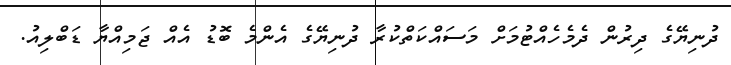
ދުނިޔޭގެ ދިރުން ދެމެހެއްޓުމަށް މަސައްކަތްކުރާ ދުނިޔޭގެ އެންމެ ބޮޑު އެއް ޖަމިއްޔާ ޑަބްލިއު.